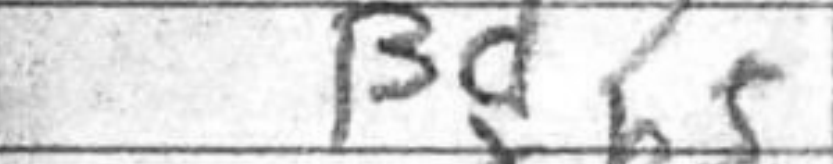
Transcription: Bd7